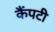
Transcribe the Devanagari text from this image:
कैंपटी